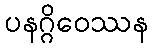
ပနဂ္ဂိဝေဿန